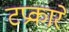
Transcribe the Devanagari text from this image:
टप्रकारे